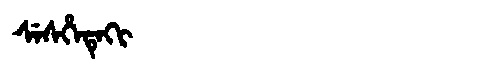
Manchu: ᠰᡝᠰᡥᡝᡨᡝᡴᡳ
Romanization: SESHETEKI